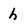
Character: h